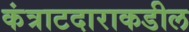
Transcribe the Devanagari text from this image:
कंत्राटदाराकडील